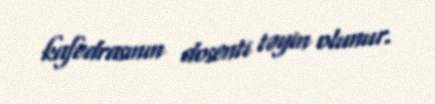
kafedrasının dosenti təyin olunur.